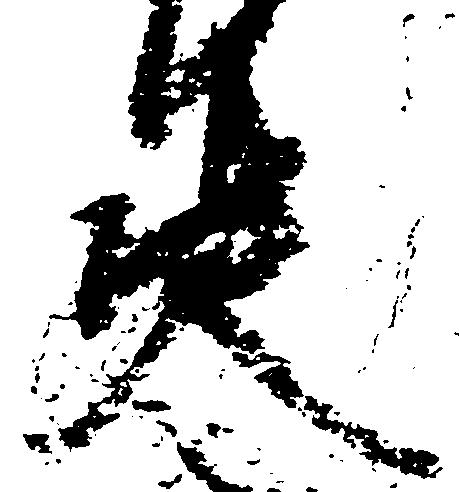
決